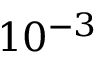
1 0 ^ { - 3 }